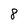
Character: 8